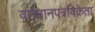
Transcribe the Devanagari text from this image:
वर्तमानपत्रविक्रेता